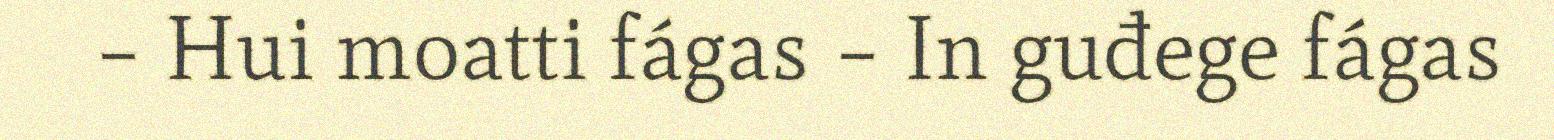
– Hui moatti fágas – In guđege fágas